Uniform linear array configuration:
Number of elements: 4
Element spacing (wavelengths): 0.5
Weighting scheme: kaiser
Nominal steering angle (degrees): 45
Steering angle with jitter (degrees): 44.001
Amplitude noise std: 0.05
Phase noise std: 0.05

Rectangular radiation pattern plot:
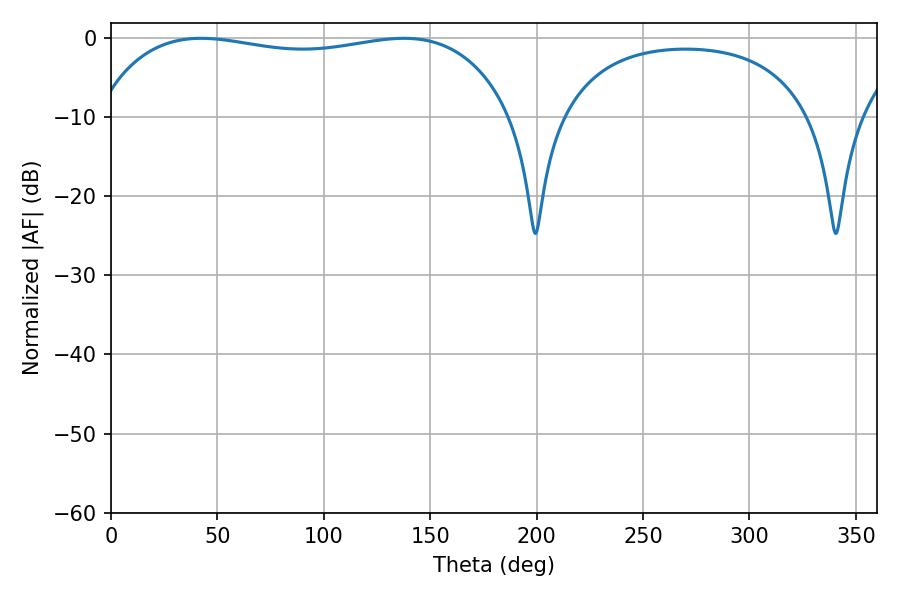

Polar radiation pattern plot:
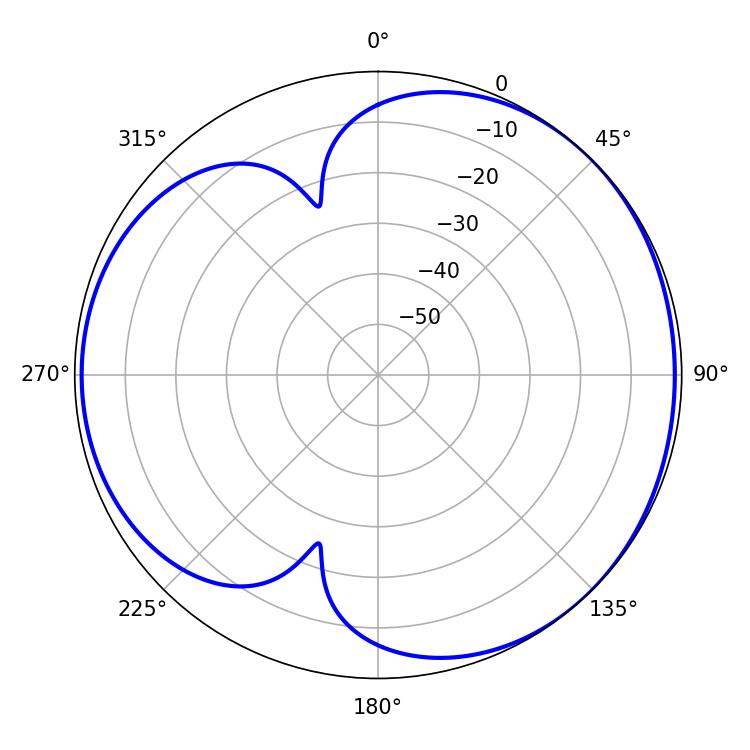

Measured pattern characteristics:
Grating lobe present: FALSE
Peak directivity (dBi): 4.038
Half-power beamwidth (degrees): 157.32
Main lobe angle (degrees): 42.3